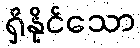
ရှိနိုင်သော